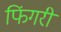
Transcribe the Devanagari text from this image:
फिंगरी